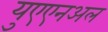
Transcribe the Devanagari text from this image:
युएएनअल